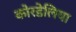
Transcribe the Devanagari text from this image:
कोरडेलिया